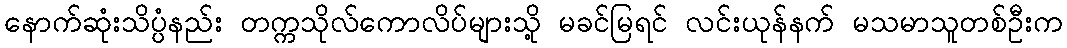
နောက်ဆုံးသိပ္ပံနည်း တက္ကသိုလ်ကောလိပ်များသို့ မခင်မြရင် လင်းယုန်နက် မသမာသူတစ်ဦးက